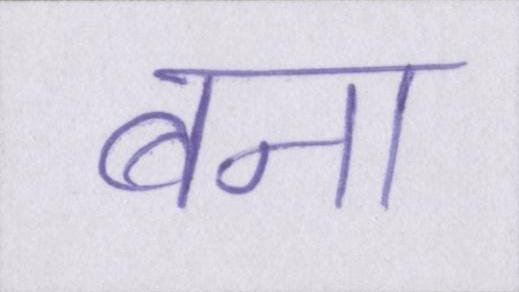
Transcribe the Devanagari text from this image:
बना